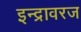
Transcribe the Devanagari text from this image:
इन्द्रावरज